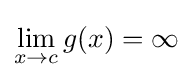
\lim _{x\to c}{g(x)}=\infty